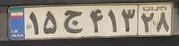
۱۵ج۴۱۳۲۸